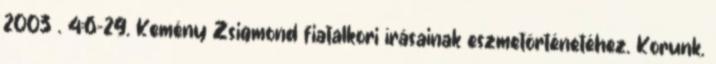
2003 . 4:6-29. Kemény Zsigmond fiatalkori írásainak eszmetörténetéhez. Korunk.